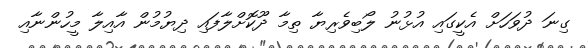
ގިނަ ދުވަހަށް އެކީގައި އުޅުނު ލޯބިވެރިޔާ ތިމާ ދޫކޮށްލާފައި ދިޔުމުން އާއިލާ މީހުންނާއި